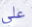
علي